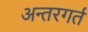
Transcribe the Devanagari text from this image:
अन्तरगर्त